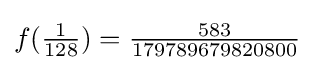
f({\tfrac {1}{128}})={\tfrac {583}{179789679820800}}